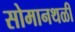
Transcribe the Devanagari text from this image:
सोमानथळी